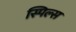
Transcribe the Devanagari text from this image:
स्पिल्स